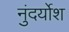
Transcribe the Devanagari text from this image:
नुंदर्योश